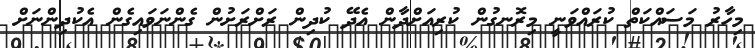
މިހާރު މަސައްކަތް ކުރައްވަނީ މިރޮނގުން ކުރިއަށްދާން އެދޭ ކުދިން ރަށްރަށުން ގެންނަވައިގެން އެކުދިންނަށް